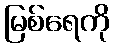
မြစ်ရေကို